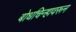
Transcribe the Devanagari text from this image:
बोधचिन्हावरून